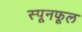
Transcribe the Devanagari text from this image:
स्पूनफूल